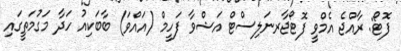
ފޮޓޯ: ރާއްޖެ އެމްވީ ފޮޓޯޖާރނަލިސްޓް އަޝްވާ ފަހީމް (އައްވަ) ބާބަކިއު ހަދާ މަގުމަތީގައި